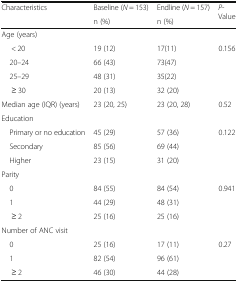
| <ROWSPAN=2> Characteristics | Baseline (N = 153) | Endline (N = 157) | <ROWSPAN=2> P-Value |
 | n (%) | n (%) |
 | --- | --- | --- | --- |
 | <COLSPAN=4> Age (years) |
 | < 20 | 19 (12) | 17(11) | 0.156 |
 | 20–24 | 66 (43) | 73(47) |  |
 | 25–29 | 48 (31) | 35(22) |  |
 | ≥ 30 | 20 (13) | 32 (20) |  |
 | Median age (IQR) (years) | 23 (20, 25) | 23 (20, 28) | 0.52 |
 | <COLSPAN=4> Education |
 | Primary or no education | 45 (29) | 57 (36) | 0.122 |
 | Secondary | 85 (56) | 69 (44) |  |
 | Higher | 23 (15) | 31 (20) |  |
 | <COLSPAN=4> Parity |
 | 0 | 84 (55) | 84 (54) | 0.941 |
 | 1 | 44 (29) | 48 (31) |  |
 | ≥ 2 | 25 (16) | 25 (16) |  |
 | <COLSPAN=4> Number of ANC visit |
 | 0 | 25 (16) | 17 (11) | 0.27 |
 | 1 | 82 (54) | 96 (61) |  |
 | ≥ 2 | 46 (30) | 44 (28) |  |